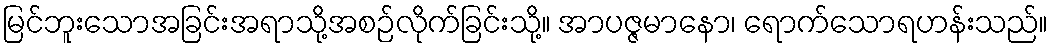
မြင်ဘူးသောအခြင်းအရာသို့အစဉ်လိုက်ခြင်းသို့။ အာပဇ္ဇမာနော၊ ရောက်သောရဟန်းသည်။